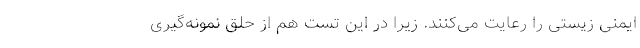
ایمنی زیستی را رعایت می‌کنند. زیرا در این تست هم از حلق نمونه‌گیری